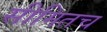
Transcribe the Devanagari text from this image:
सीमितच